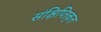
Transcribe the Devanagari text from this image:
संक्षिप्तिकृत